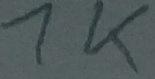
Text: 1K